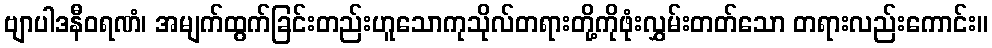
ဗျာပါဒနီဝရဏံ၊ အမျက်ထွက်ခြင်းတည်းဟူသောကုသိုလ်တရားတို့ကိုဖုံးလွှမ်းတတ်သော တရားလည်းကောင်း။